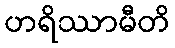
ဟရိဿာမီတိ